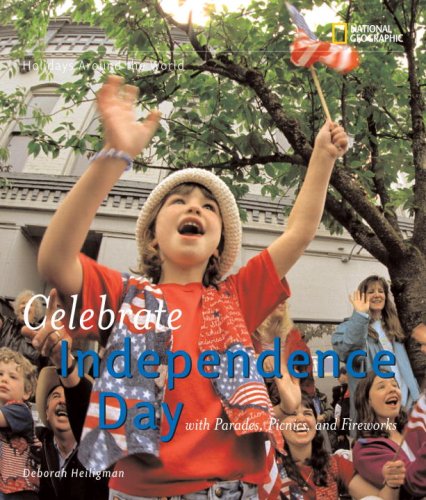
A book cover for Holidays Around the World: Celebrate Independence Day: With Parades, Picnics, and Fireworks; Deborah Heiligman; Children's Books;